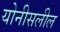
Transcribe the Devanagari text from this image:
योनीसलील